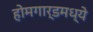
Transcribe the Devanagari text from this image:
होमगार्डमध्ये